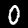
Digit: 0